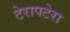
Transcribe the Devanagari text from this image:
टेरापटेरा